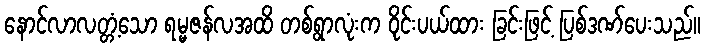
နောင်လာလတ္တံ့သော ရမ္မဇန်လအထိ တစ်ရွာလုံးက ဝိုင်းပယ်ထား ခြင်းဖြင့် ပြစ်ဒဏ်ပေးသည်။